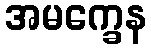
အမက္ခေန